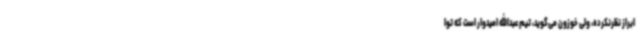
ابراز نظرنکرده، ولی خوزون می‌گوید، تیم عبدالله امیدوار است که توا